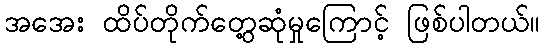
အအေး ထိပ်တိုက်တွေ့ဆုံမှုကြောင့် ဖြစ်ပါတယ်။